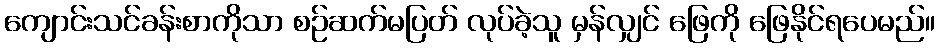
ကျောင်းသင်ခန်းစာကိုသာ စဉ်ဆက်မပြတ် လုပ်ခဲ့သူ မှန်လျှင် ဖြေကို ဖြေနိုင်ရပေမည်။